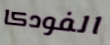
الفودكا